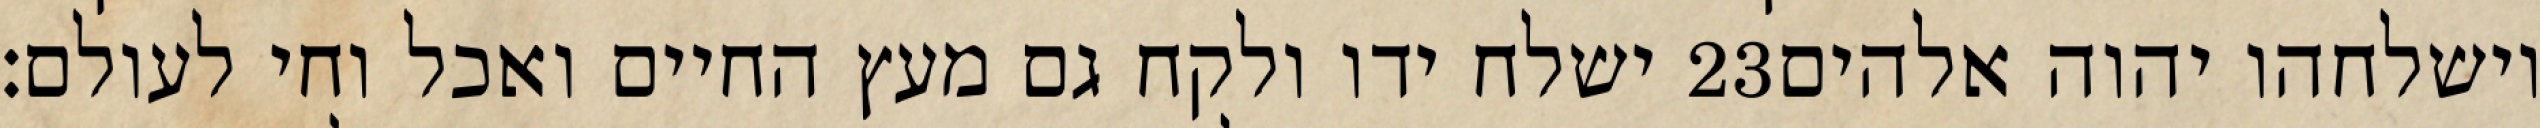
ישלח ידו ולקח גם מעץ החיים ואכל וחי לעולם׃ ‎23‏ וישלחהו יהוה אלהים